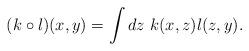
LaTeX: \begin{align*} (k\circ l)(x, y) = \int dz\ k(x, z) l(z, y). \end{align*}